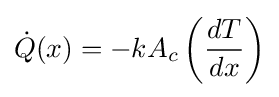
{\dot {Q}}(x)=-kA_{c}\left({\frac {dT}{dx}}\right)